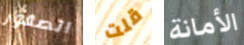
الصقور قلت الأمانة